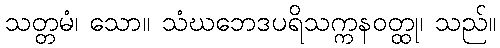
သတ္တမံ၊ သော။ သံဃဘေဒပရိသက္ကနဝတ္ထု၊ သည်။